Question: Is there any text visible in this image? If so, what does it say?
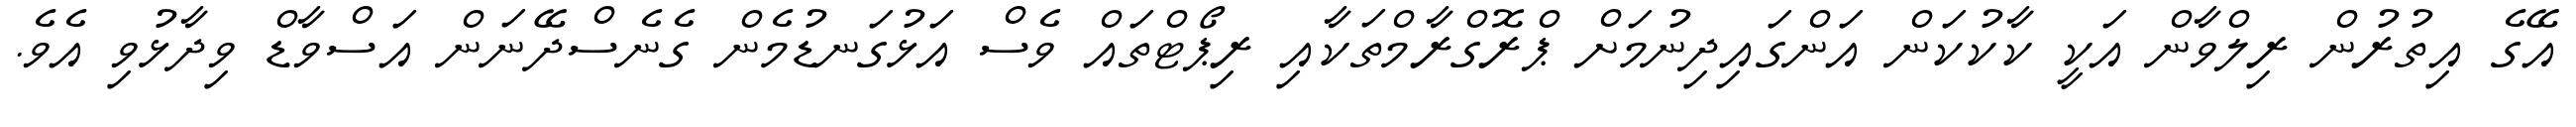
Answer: އޭގެ އިތުރުން ރިލްވާން އަކީ ކާކުކަން އަންގައިދިނުމަށް ޕްރޮގްރާމްތަކާއި ރިޕޯޓްތައް ވެސް އަޅުގަނޑުމެން ގެނެސްދޭނަން އަސްވާޑް ވިދާޅުވި އެވެ.